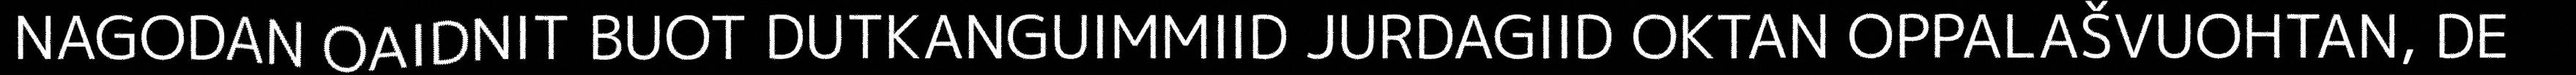
NAGODAN OAIDNIT BUOT DUTKANGUIMMIID JURDAGIID OKTAN OPPALAŠVUOHTAN, DE